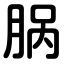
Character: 脶